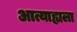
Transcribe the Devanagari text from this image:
आत्याह्यला